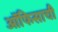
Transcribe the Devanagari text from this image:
ऑफिसाची